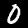
Label: 0